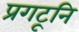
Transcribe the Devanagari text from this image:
प्रगटूनि